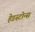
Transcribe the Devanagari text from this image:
हेडस्टोन्स